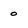
Character: 0